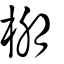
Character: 棚